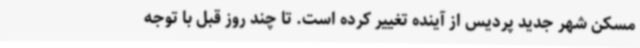
مسکن شهر جدید پردیس از آینده تغییر کرده است. تا چند روز قبل با توجه